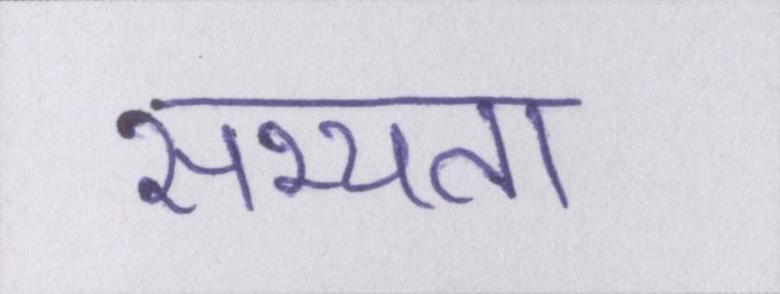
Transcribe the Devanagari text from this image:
सभ्यता